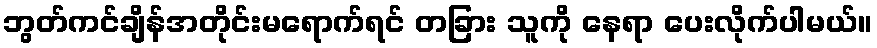
ဘွတ်ကင်ချိန်အတိုင်းမရောက်ရင် တခြား သူကို နေရာ ပေးလိုက်ပါမယ်။